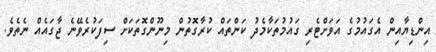
އިންޑިޔާއިން އެގައުމުގެ އަވަށްޓެރި ގައުމުތަކާމެދު ކަންތައް ކުރާގޮތުން މިނޫންގޮތަކަށް ސިފަކުރެވޭނެ ޖާގައެއް ނެތެވެ.